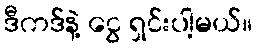
ဒီကဒ်နဲ့ ငွေ ရှင်းပါ့မယ်။